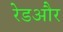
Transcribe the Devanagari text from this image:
रेडऔर